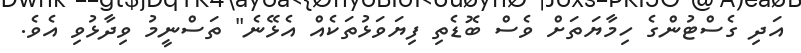
އަދި ގެސްޓުންގެ ހިމާޔަތަށް ވެސް ބޮޑެތި ފިޔަވަޅުތަކެއް އެޅޭނެ" ތަސްނީމު ވިދާޅުވި އެވެ.